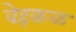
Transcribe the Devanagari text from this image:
वेहकळ